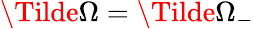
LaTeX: \Tilde{\Omega}=\Tilde{\Omega}_{-}